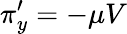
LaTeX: \pi_{y}^{\prime}=-\mu V